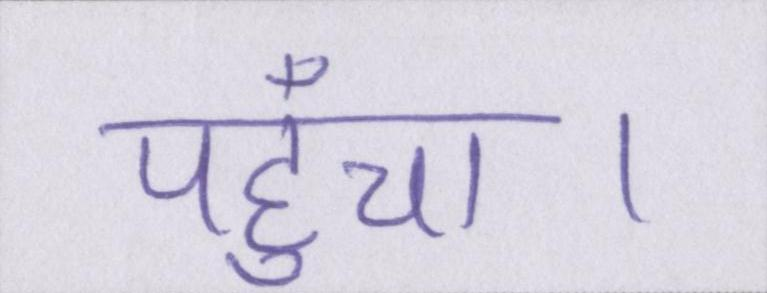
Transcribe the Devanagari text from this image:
पहुँचा।